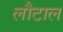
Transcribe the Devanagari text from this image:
लौटाल